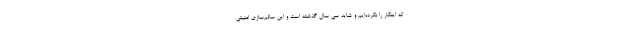
که اینکار را نکرده‌ایم و شاید سی سال گذشته است و این سالم‌سازی امنیتی